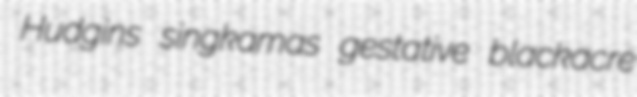
Hudgins singkamas gestative blackacre